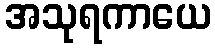
အသုရကာယေ